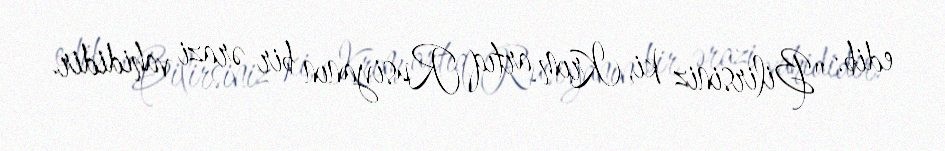
edib: "Bilirsiniz ki, Krım artıq Rusiyanın bir ərazi vahididir.